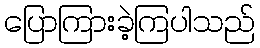
ပြောကြားခဲ့ကြပါသည်